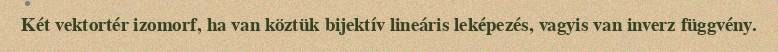
Két vektortér izomorf, ha van köztük bijektív lineáris leképezés, vagyis van inverz függvény.